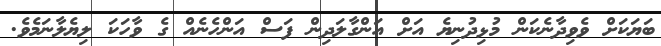
ބަޔަކަށް ވެވިދާނެކަން މުޅިދުނިޔެ އަށް އަންގާލަދިން ފަސް އަންހެނެއް ގެ ވާހަކަ ލިޔެލާނަމެވެ.